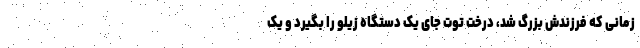
زمانی که فرزندش بزرگ شد، درخت توت جای یک دستگاه زیلو را بگیرد و یک